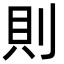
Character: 則